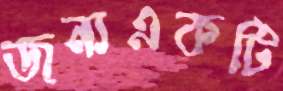
জন্যএকটি